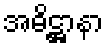
အဓိဋ္ဌာနာ